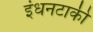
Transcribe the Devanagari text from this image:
इंधनटाकी